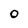
Character: 0